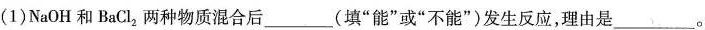
(1)NaOH和BaCl_{2}两种物质混合后___(填”能”或”不能”)发生反应，理由是___。